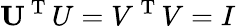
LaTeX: \mathbf U^{\mathrm{~T~}}U=V^{\mathrm{~T~}}V=I